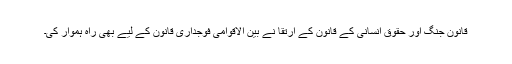
قانونِ جنگ اور حقوقِ انسانی کے قانون کے ارتقا نے بین الاقوامی فوجداری قانون کے لیے بھی راہ ہموار کی۔